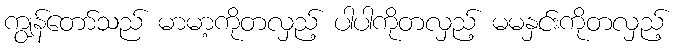
ကျွန်တော်သည် မာမာ့ကိုတလှည့် ပါပါကိုတလှည့် မမနှင်းကိုတလှည့်